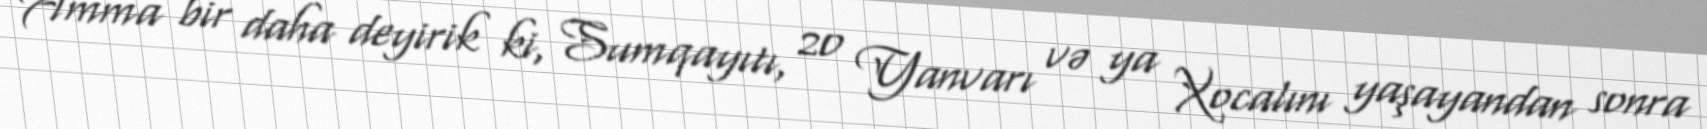
Amma bir daha deyirik ki, Sumqayıtı, 20 Yanvarı və ya Xocalını yaşayandan sonra